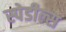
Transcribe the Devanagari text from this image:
स्पेडील्स